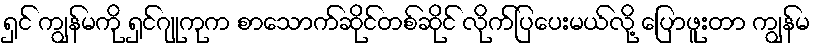
ရှင် ကျွန်မကို ရှင်ဂျုကုက စာသောက်ဆိုင်တစ်ဆိုင် လိုက်ပြပေးမယ်လို့ ပြောဖူးတာ ကျွန်မ